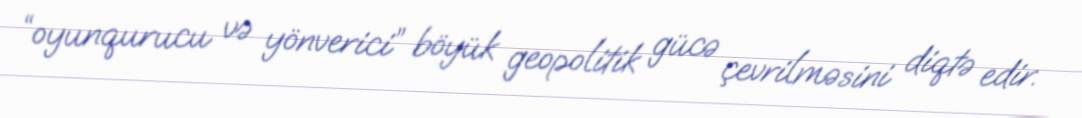
“oyunqurucu və yönverici” böyük geopolitik gücə çevrilməsini diqtə edir.